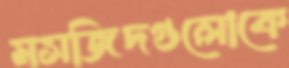
মসজিদগুলোকে